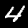
Digit: 4